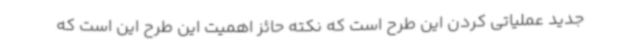
جدید عملیاتی کردن این طرح است که نکته حائز اهمیت این طرح این است که